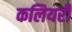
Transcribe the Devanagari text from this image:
कलियरी